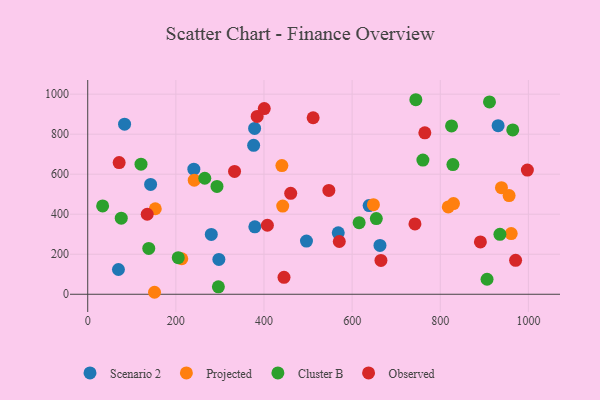
{"axis": {"x": "Speed", "y": "Fuel Efficiency"}, "legend": ["Cluster B", "Observed", "Projected", "Scenario 2"], "data": [{"x": "378.7", "y": 828.8, "type": "Scenario 2"}, {"x": "638.6", "y": 443.0, "type": "Scenario 2"}, {"x": "663.2", "y": 244.1, "type": "Scenario 2"}, {"x": "297.6", "y": 174.1, "type": "Scenario 2"}, {"x": "83.6", "y": 850.0, "type": "Scenario 2"}, {"x": "496.4", "y": 265.9, "type": "Scenario 2"}, {"x": "142.7", "y": 548.9, "type": "Scenario 2"}, {"x": "280.4", "y": 299.1, "type": "Scenario 2"}, {"x": "376.5", "y": 744.3, "type": "Scenario 2"}, {"x": "69.7", "y": 123.8, "type": "Scenario 2"}, {"x": "931.3", "y": 842.5, "type": "Scenario 2"}, {"x": "379.2", "y": 337.1, "type": "Scenario 2"}, {"x": "568.5", "y": 307.2, "type": "Scenario 2"}, {"x": "240.8", "y": 625.4, "type": "Scenario 2"}, {"x": "151.6", "y": 9.9, "type": "Projected"}, {"x": "241.7", "y": 570.4, "type": "Projected"}, {"x": "956.2", "y": 493.2, "type": "Projected"}, {"x": "153.3", "y": 427.4, "type": "Projected"}, {"x": "938.9", "y": 532.9, "type": "Projected"}, {"x": "213.4", "y": 177.5, "type": "Projected"}, {"x": "818.2", "y": 436.7, "type": "Projected"}, {"x": "440.6", "y": 643.3, "type": "Projected"}, {"x": "442.5", "y": 440.7, "type": "Projected"}, {"x": "648.3", "y": 447.6, "type": "Projected"}, {"x": "961.0", "y": 303.2, "type": "Projected"}, {"x": "830.0", "y": 453.0, "type": "Projected"}, {"x": "120.9", "y": 650.4, "type": "Cluster B"}, {"x": "911.7", "y": 961.3, "type": "Cluster B"}, {"x": "265.6", "y": 579.8, "type": "Cluster B"}, {"x": "293.3", "y": 538.9, "type": "Cluster B"}, {"x": "825.6", "y": 841.2, "type": "Cluster B"}, {"x": "615.9", "y": 357.7, "type": "Cluster B"}, {"x": "205.4", "y": 182.6, "type": "Cluster B"}, {"x": "744.6", "y": 972.3, "type": "Cluster B"}, {"x": "296.5", "y": 37.3, "type": "Cluster B"}, {"x": "654.9", "y": 378.4, "type": "Cluster B"}, {"x": "76.1", "y": 380.3, "type": "Cluster B"}, {"x": "760.6", "y": 670.8, "type": "Cluster B"}, {"x": "828.7", "y": 648.2, "type": "Cluster B"}, {"x": "906.2", "y": 75.1, "type": "Cluster B"}, {"x": "935.4", "y": 299.3, "type": "Cluster B"}, {"x": "964.5", "y": 821.2, "type": "Cluster B"}, {"x": "138.5", "y": 229.3, "type": "Cluster B"}, {"x": "33.8", "y": 441.3, "type": "Cluster B"}, {"x": "742.6", "y": 351.6, "type": "Observed"}, {"x": "384.5", "y": 888.8, "type": "Observed"}, {"x": "400.6", "y": 928.0, "type": "Observed"}, {"x": "765.0", "y": 806.7, "type": "Observed"}, {"x": "511.5", "y": 882.1, "type": "Observed"}, {"x": "333.2", "y": 614.1, "type": "Observed"}, {"x": "997.7", "y": 620.7, "type": "Observed"}, {"x": "460.6", "y": 504.3, "type": "Observed"}, {"x": "891.1", "y": 261.8, "type": "Observed"}, {"x": "547.2", "y": 518.8, "type": "Observed"}, {"x": "445.4", "y": 84.7, "type": "Observed"}, {"x": "971.0", "y": 169.5, "type": "Observed"}, {"x": "407.7", "y": 345.0, "type": "Observed"}, {"x": "71.3", "y": 658.4, "type": "Observed"}, {"x": "570.9", "y": 263.6, "type": "Observed"}, {"x": "665.4", "y": 169.3, "type": "Observed"}, {"x": "135.0", "y": 399.9, "type": "Observed"}]}